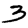
Digit: 3